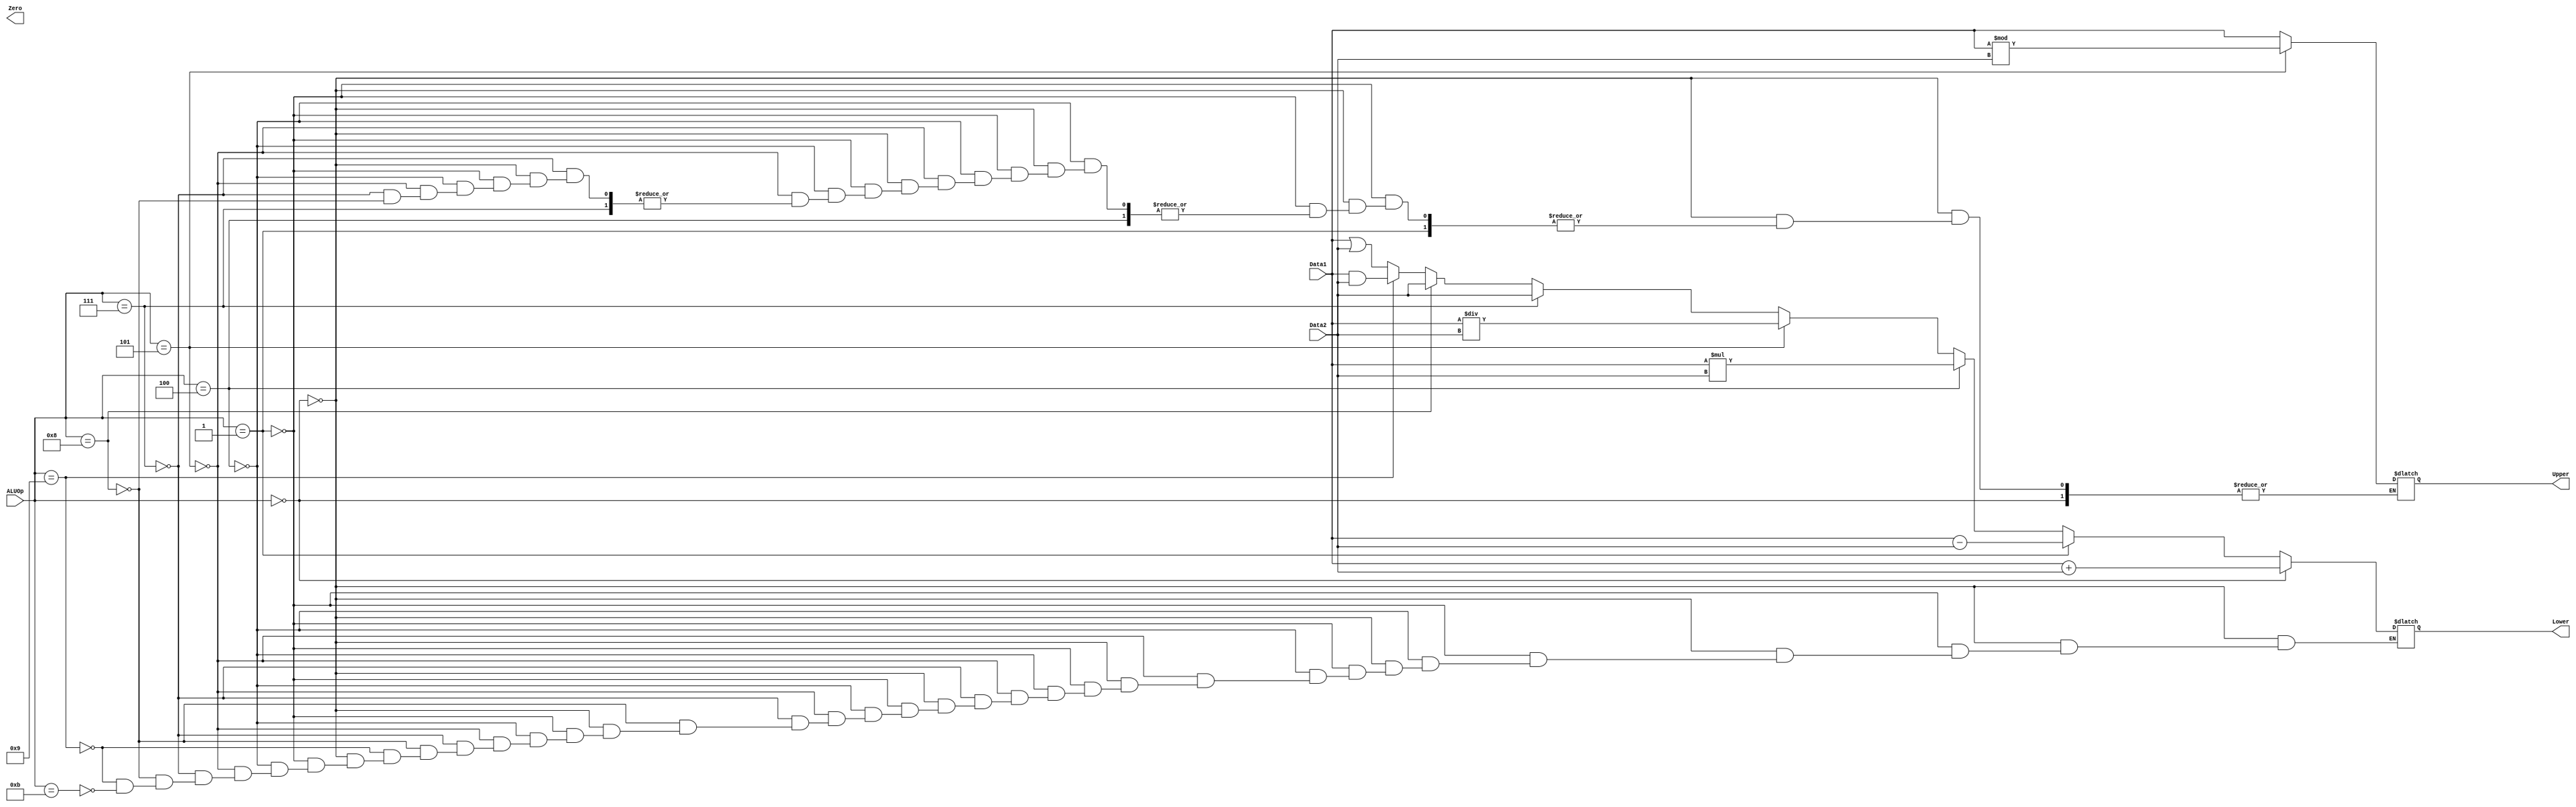
module ALU(
	output reg[15:0] Upper,
	output reg[15:0] Lower,
	output reg[1:0] Zero,
	input [15:0] Data1,
	input [15:0] Data2,
	input [3:0] ALUOp
	//input clk,
	//input rst
);

always@(*)
begin
	if(ALUOp == 4'b0000)  //Signed Add
		Lower = Data1 + Data2;
	else if(ALUOp == 4'b0001)  //Signed Sub
		Lower = Data1 - Data2;
	else if(ALUOp == 4'b0100)  //Signed Mul
		Lower = Data1 * Data2;
	else if(ALUOp == 4'b0101)  //Signed Div
	begin
		Lower = Data1 / Data2;
		Upper = Data1 % Data2;
	end
	else if(ALUOp == 4'b0111)  //Move
		Lower = Data2;
	else if(ALUOp == 4'b1000)  //Swap
	begin
		Lower = Data2;
		Upper = Data1;
	end
	else if(ALUOp == 4'b1001)  //AND
		Lower = Data1 & Data2;
	else if(ALUOp == 4'b1011) //OR
		Lower = Data1 | Data2;
end

endmodule